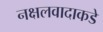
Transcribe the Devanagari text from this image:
नक्षलवादाकडे